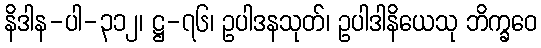
နိဒါန-ပါ-၃၁၂၊ ဋ္ဌ-၇၆၊ ဥပါဒနသုတ်၊ ဥပါဒါနိယေသု ဘိက္ခဝေ